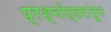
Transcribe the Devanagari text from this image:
प्रश्नोत्तरांतून